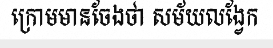
ក្រោមមានចែងថា សម័យលង្វែក